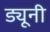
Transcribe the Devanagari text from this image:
ड्यूनी